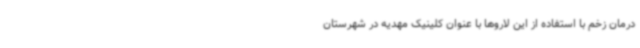
درمان زخم با استفاده از این لاروها با عنوان کلینیک مهدیه در شهرستان